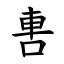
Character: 軎